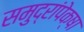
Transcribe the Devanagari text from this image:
समुद्रांपेक्षा